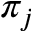
\pi _ { j }